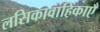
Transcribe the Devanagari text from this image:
लसिकावाहिकाएँ